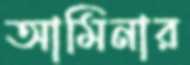
আমিনার